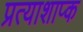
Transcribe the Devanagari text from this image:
प्रत्याशाप्क